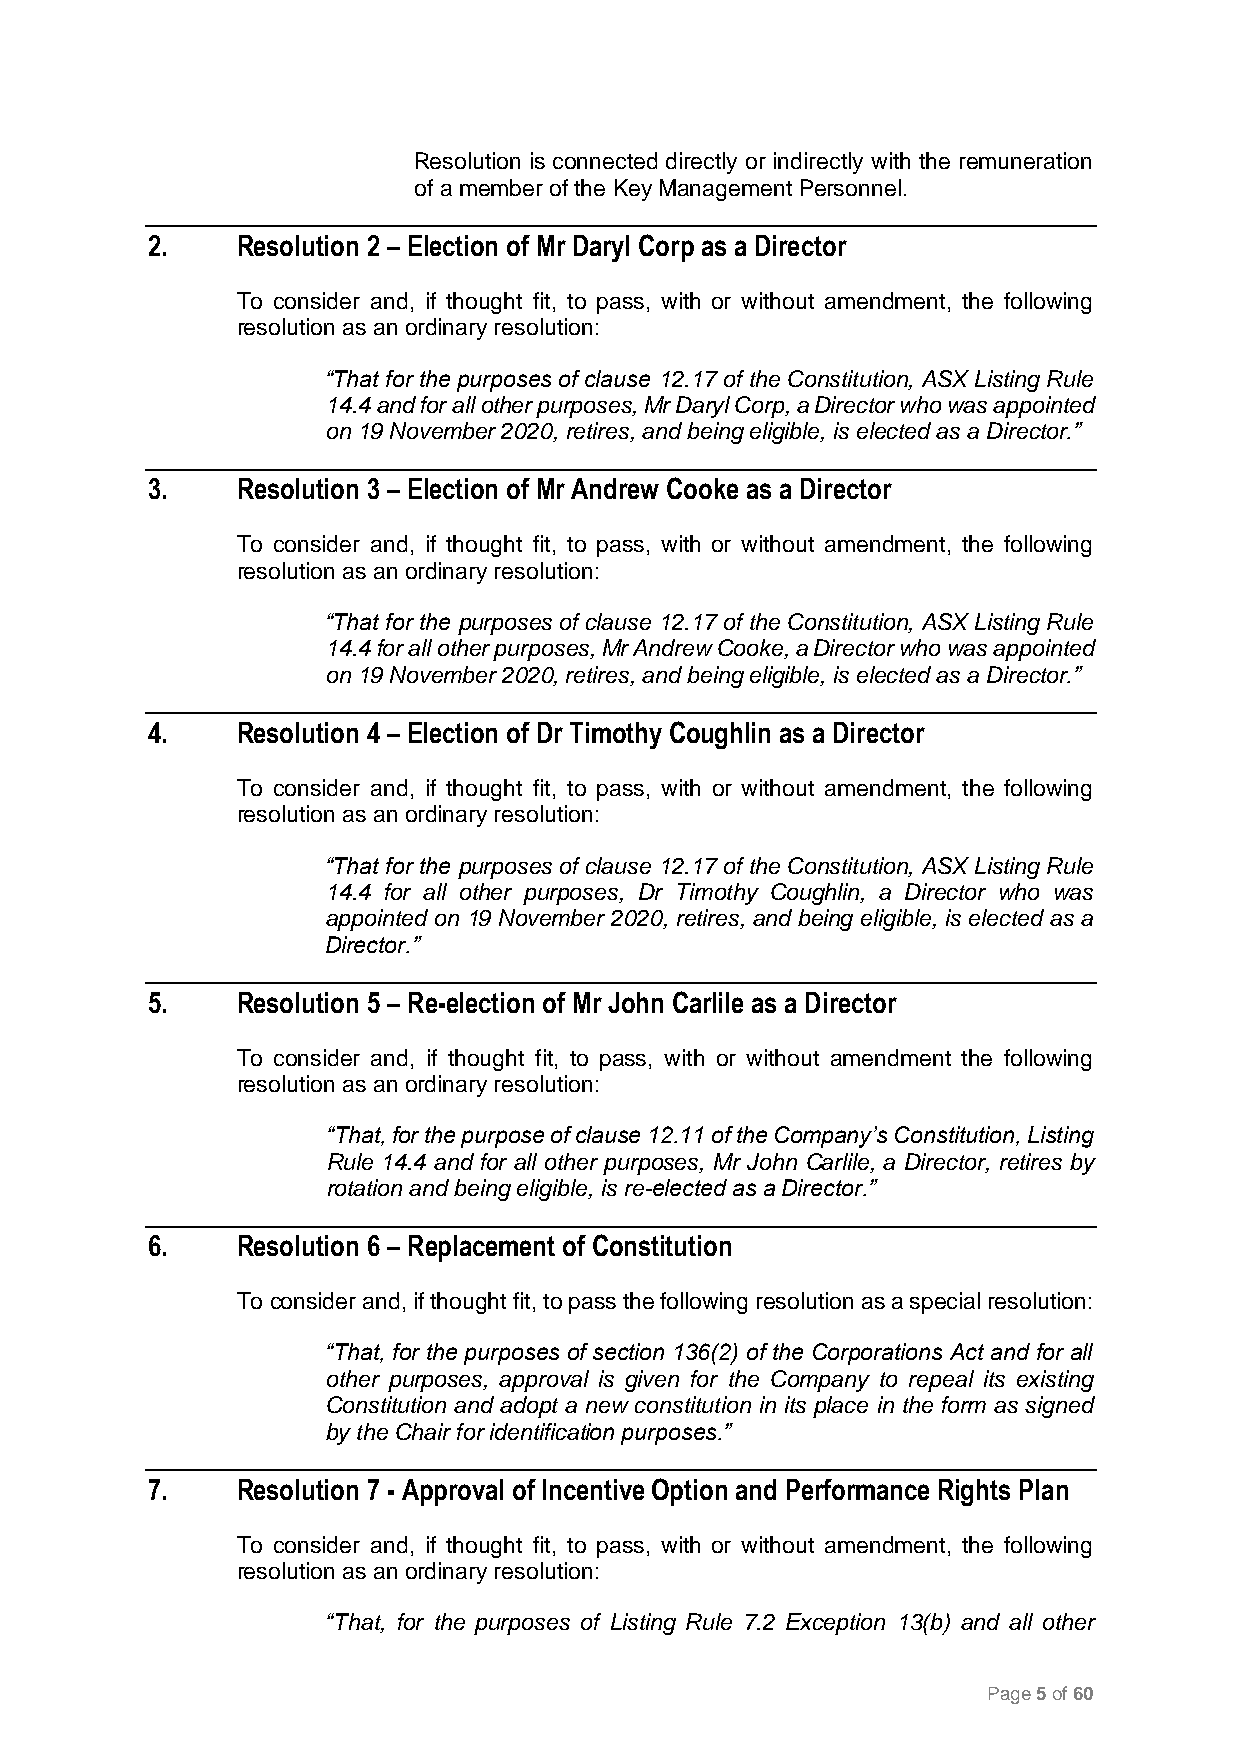
Resolution is connected directly or indirectly with the remuneration
 of a member of the Key Management Personnel.
 2.    Resolution 2 – Election of Mr Daryl Corp as a Director
 To consider and, if thought fit, to pass, with or without amendment, the following
 resolution as an ordinary resolution:
 “That for the purposes of clause 12.17 of the Constitution, ASX Listing Rule
 14.4 and for all other purposes, Mr Daryl Corp, a Director who was appointed
 on 19 November 2020, retires, and being eligible, is elected as a Director.”
 3.    Resolution 3 – Election of Mr Andrew Cooke as a Director
 To consider and, if thought fit, to pass, with or without amendment, the following
 resolution as an ordinary resolution:
 “That for the purposes of clause 12.17 of the Constitution, ASX Listing Rule
 14.4 for all other purposes, Mr Andrew Cooke, a Director who was appointed
 on 19 November 2020, retires, and being eligible, is elected as a Director.”
 4.    Resolution 4 – Election of Dr Timothy Coughlin as a Director
 To consider and, if thought fit, to pass, with or without amendment, the following
 resolution as an ordinary resolution:
 “That for the purposes of clause 12.17 of the Constitution, ASX Listing Rule
 14.4 for all other purposes, Dr Timothy Coughlin, a Director who was
 appointed on 19 November 2020, retires, and being eligible, is elected as a
 Director.”
 5.    Resolution 5 – Re-election of Mr John Carlile as a Director
 To consider and, if thought fit, to pass, with or without amendment the following
 resolution as an ordinary resolution:
 “That, for the purpose of clause 12.11 of the Company’s Constitution, Listing
 Rule 14.4 and for all other purposes, Mr John Carlile, a Director, retires by
 rotation and being eligible, is re-elected as a Director.”
 6.    Resolution 6 – Replacement of Constitution
 To consider and, if thought fit, to pass the following resolution as a special resolution:
 “That, for the purposes of section 136(2) of the Corporations Act and for all
 other purposes, approval is given for the Company to repeal its existing
 Constitution and adopt a new constitution in its place in the form as signed
 by the Chair for identification purposes.”
 7.    Resolution 7 - Approval of Incentive Option and Performance Rights Plan
 To consider and, if thought fit, to pass, with or without amendment, the following
 resolution as an ordinary resolution:
 “That, for the purposes of Listing Rule 7.2 Exception 13(b) and all other
 Page 5 of 60